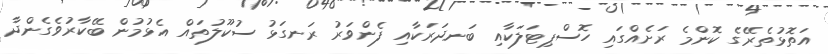
އަތޮޅުތެރޭގެ ކޮންމެ ރަށެއްގައި ހޮސްޕިޓަލަކާއި ބަނދަރަކާއި ފެންވަރު ރަނގަޅު ސުކޫލުތައް އެޅުމުން ބޭކާރުވެގެންދާ